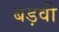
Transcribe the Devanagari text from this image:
बड़वी